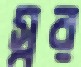
স্বর